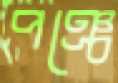
পঞ্চে